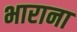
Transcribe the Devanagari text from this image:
भाराना